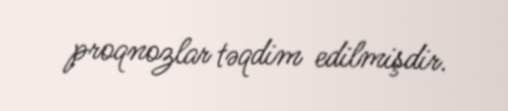
proqnozlar təqdim edilmişdir.